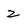
Character: Z